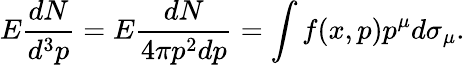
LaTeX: E{\frac{dN}{d^{3}p}}=E{\frac{dN}{4\pi p^{2}dp}}=\int f(x,p)p^{\mu}d\sigma_{\mu}.